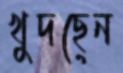
খুদছেন